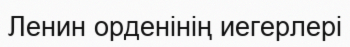
Ленин орденінің иегерлері